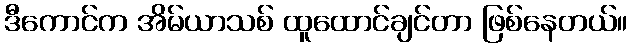
ဒီကောင်က အိမ်ယာသစ် ထူထောင်ချင်တာ ဖြစ်နေတယ်။